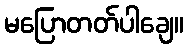
မပြောတတ်ပါချေ။